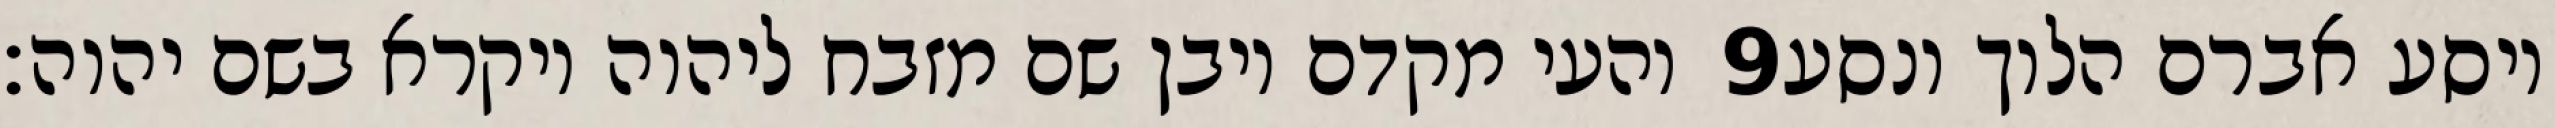
והעי מקדם ויבן שם מזבח ליהוה ויקרא בשם יהוה׃ ‎9‏ ויסע אברם הלוך ונסע